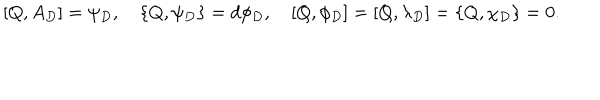
LaTeX: [ Q , A _ { D } ] = \psi _ { D } , \quad \{ Q , \psi _ { D } \} = d \phi _ { D } , \quad [ Q , \phi _ { D } ] = [ Q , \lambda _ { D } ] = \{ Q , \chi _ { D } \} = 0 .